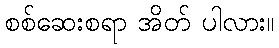
စစ်ဆေးစရာ အိတ် ပါလား။